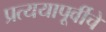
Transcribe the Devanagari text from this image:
प्रत्ययापूर्वीचे